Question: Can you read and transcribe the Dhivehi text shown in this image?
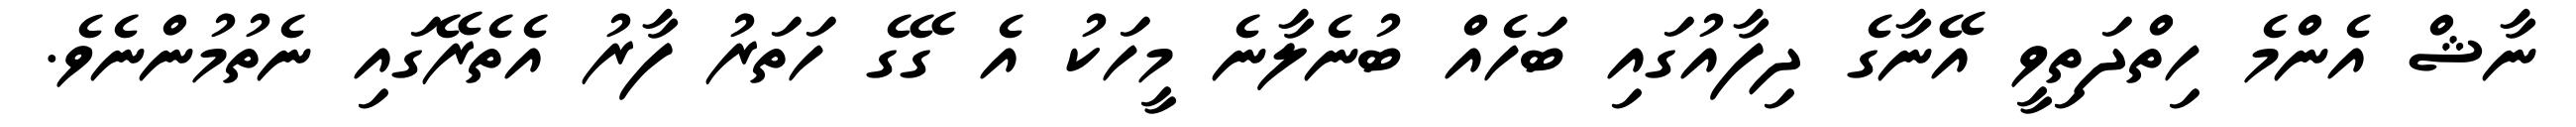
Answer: ނާޝް އެންމެ ހިތްދަތިވީ އޭނާގެ ދިފާއުގައި ބަހެއް ބުނެލާނެ މީހަކު އެ ގޭގެ ހަތަރު ފާރު އެތެރޭގައި ނެތުމުންނެވެ.